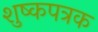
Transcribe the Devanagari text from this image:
शुष्कपत्रक